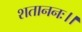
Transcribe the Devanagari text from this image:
शताननः।।